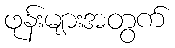
ဖုန်းများအတွက်